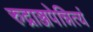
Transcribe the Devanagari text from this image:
रुद्राञ्जपेन्नित्यं